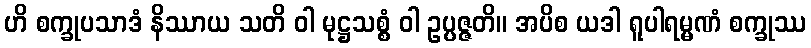
ဟိ စက္ခုပသာဒံ နိဿာယ သတိ ဝါ မုဋ္ဌသစ္စံ ဝါ ဥပ္ပဇ္ဇတိ။ အပိစ ယဒါ ရူပါရမ္မဏံ စက္ခုဿ